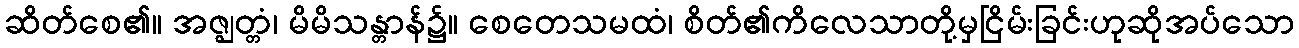
ဆိတ်စေ၏။ အဇ္ဈတ္တံ၊ မိမိသန္တာန်၌။ စေတေသမထံ၊ စိတ်၏ကိလေသာတို့မှငြိမ်းခြင်းဟုဆိုအပ်သော